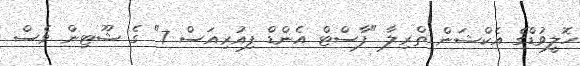
ހޮލީވުޑްގެ އެކްޝަން ތްރިލާ "ފާސްޓް އެންޑް ފިއުރިއަސް 7" ގެ ޝޫޓިން ވެސް